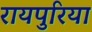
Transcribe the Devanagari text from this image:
रायपुरिया